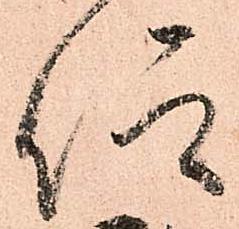
仰